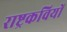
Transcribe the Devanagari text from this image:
राष्ट्रकवियों